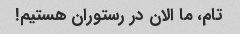
تام، ما الان در رستوران هستیم!